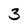
Character: 3